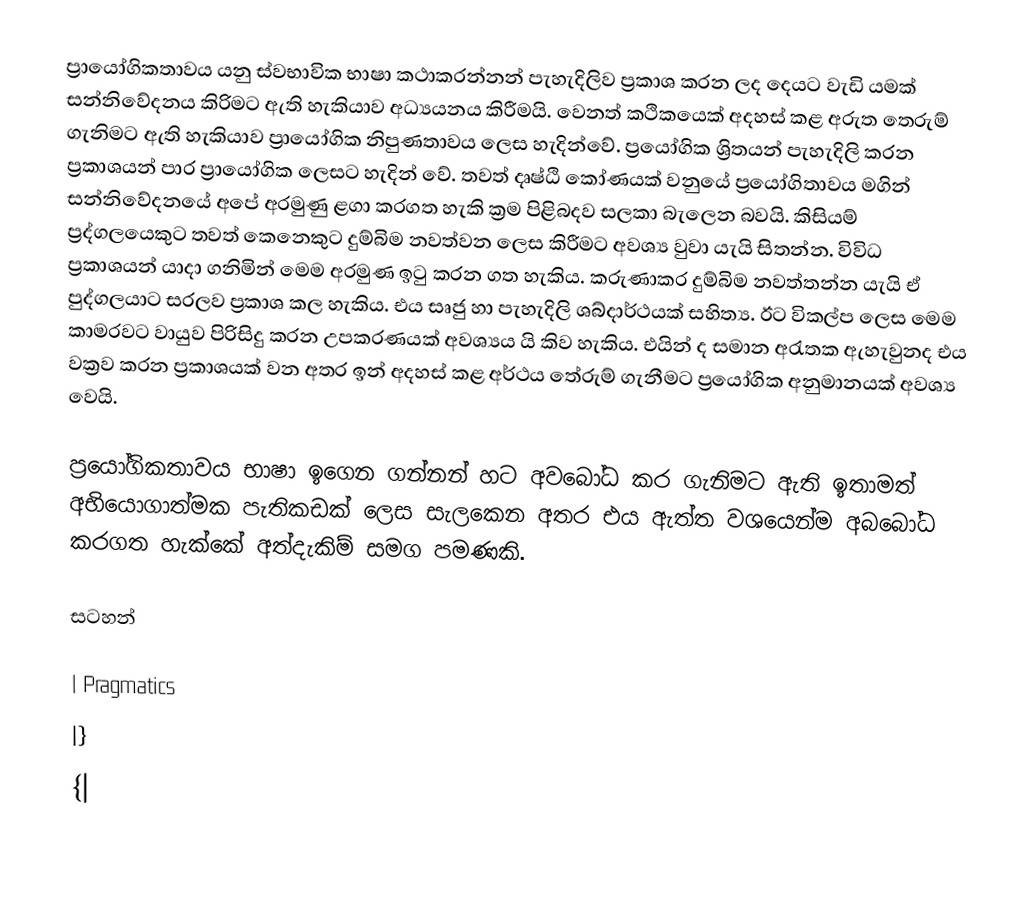
ප්‍රායෝගිකතාවය යනු ස්වභාවික භාෂා කථාකරන්නන් පැහැදිලිව  ප්‍රකාශ කරන ලද දෙයට වැඩි යමක් සන්නිවේදනය කිරිමට ඇති හැකියාව අධ්‍යයනය කිරීමයි. වෙනත් කථිකයෙක්  අදහස් කළ අරුත තෙරුම් ගැනිමට ඇති හැකියාව ප්‍රායෝගික නිපුණතාවය ලෙස හැදින්වේ. ප්‍රයෝගික ශ්‍රිතයන් පැහැදිලි කරන ප්‍රකාශයන් පාර ප්‍රායෝගික ලෙසට හැදින් වේ. තවත් දෘෂ්ඨි කෝණයක් වනුයේ  ප්‍රයෝගිතාවය මගින් සන්නිවේදනයේ අපේ අරමුණු ළගා කරගත හැකි ක්‍රම පිළිබදව සලකා බැලෙන බවයි. කිසියම් ප්‍රද්ගලයෙකුට තවත් කෙනෙකුට දුම්බිම නවත්වන ලෙස කිරීමට අවශ්‍ය වුවා යැයි සිතන්න. විවිධ ප්‍රකාශයන් යාදා ගනිමින් මෙම අරමුණ ඉටු කරන ගත හැකිය. කරුණාකර දුම්බිම නවත්තන්න යැයි ඒ පුද්ගලයාට සරලව ප්‍රකාශ කල හැකිය. එය සෘජු හා පැහැදිලි ශබ්දාර්ථයක් සහිත්‍ය. ඊට විකල්ප ලෙස මෙම කාමරවට වායුව පිරිසිදු කරන උපකරණයක් අවශ්‍යය යි කිව හැකිය. එයින් ද සමාන අරැතක ඇහැවුනද එය වක්‍රව කරන ප්‍රකාශයක් වන අතර ඉන් අදහස් කළ අර්ථය තේරුම් ගැනීමට ප්‍රයෝගික අනුමානයක් අවශ්‍ය වෙයි.

ප්‍රයෝගිකතාවය භාෂා ඉගෙන ගන්නන් හට අවබෝධ කර ගැනිමට ඇති ඉතාමත් අභියොගාත්මක පැතිකඩක් ලෙස සැලකෙන අතර එය ඇත්ත වශයෙන්ම අබබෝධ කරගත හැක්කේ අත්දැකිම් සමග පමණකි.

සටහන්

| Pragmatics
|}
{|